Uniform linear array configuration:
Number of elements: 16
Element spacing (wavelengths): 0.75
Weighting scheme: binomial
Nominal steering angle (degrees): -45
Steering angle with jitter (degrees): -44.931
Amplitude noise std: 0.05
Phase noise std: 0.05

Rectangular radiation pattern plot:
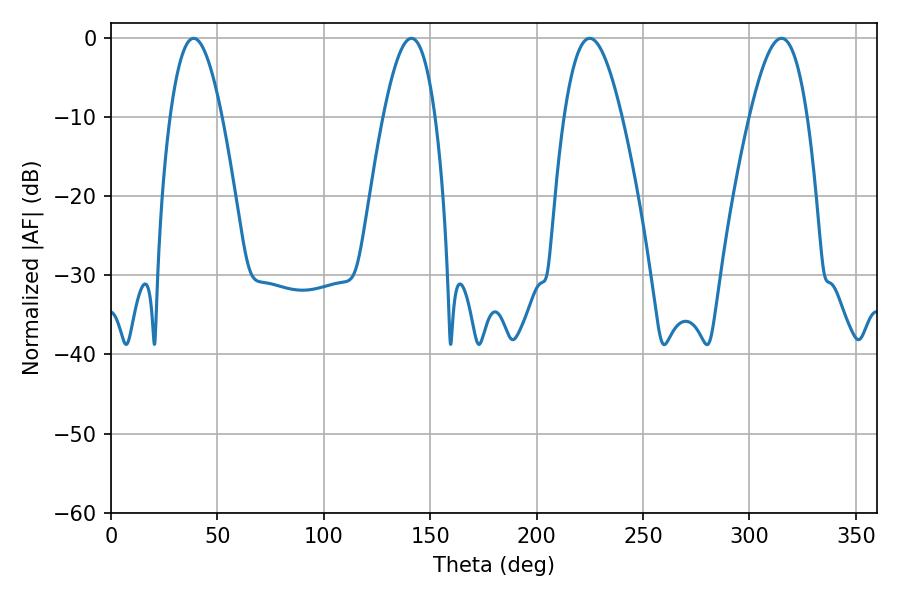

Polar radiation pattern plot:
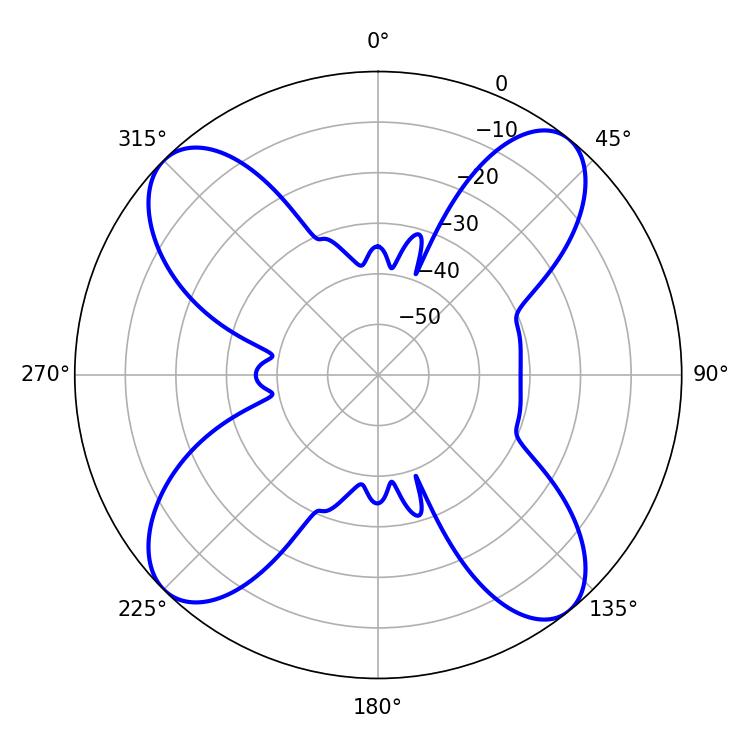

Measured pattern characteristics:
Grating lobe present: TRUE
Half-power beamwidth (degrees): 13.14
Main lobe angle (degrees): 38.88